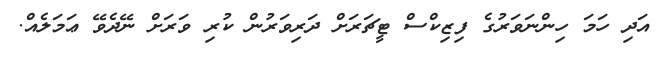
އަދި ހަމަ ހިންނަވަރުގެ ފިޒިކްސް ޓީޗަރަށް ދަރިވަރުން ކުރި ވަރަށް ނޭދެވޭ ޢަމަލެއް.